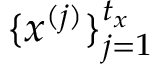
\{ \boldsymbol { x } ^ { ( j ) } \} _ { j = 1 } ^ { t _ { x } }